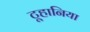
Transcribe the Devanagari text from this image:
टूहानिया